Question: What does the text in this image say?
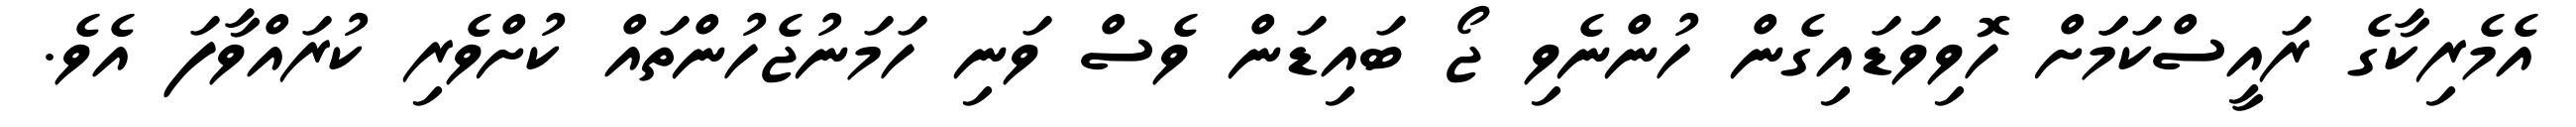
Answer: އެމެރިކާގެ ރައީސްކަމަަށް ހޮވިވަޑައިގެން ހުންނެވި ޖޯ ބައިޑަން ވެސް ވަނި ހަމަނުޖެހުންތައް ކުށްވެރި ކުރައްވާފަ އެވެ.